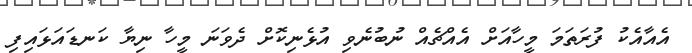
އެއާއެކު ފުރަތަމަ މީހާއަށް އެއްޗެއް ނުބުނެވި އުޅެނިކޮށް ދެވަނަ މީހާ ނިޔާ ކަނޑައަޅައިފި